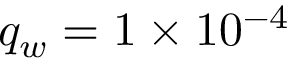
q _ { w } = 1 \times 1 0 ^ { - 4 }